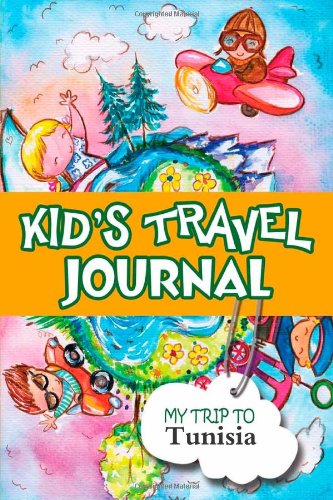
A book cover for Kids travel journal: my trip to tunisia; Bluebird Books; Travel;